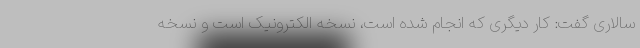
سالاری گفت: کار دیگری که انجام شده است، نسخه الکترونیک است و نسخه